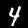
Label: 4